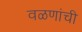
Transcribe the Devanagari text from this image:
वळणांची